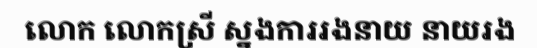
លោក លោកស្រី ស្នងការរងនាយ នាយរង